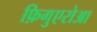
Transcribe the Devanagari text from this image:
फ़िगुएरोआ